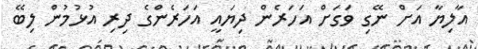
އާލިޔާ އަށް ނޭގި ވަގަށް އަހަރެން ދިޔައީ އަހަރެންގެ ދިރި އުޅުމުން ލިބޭ